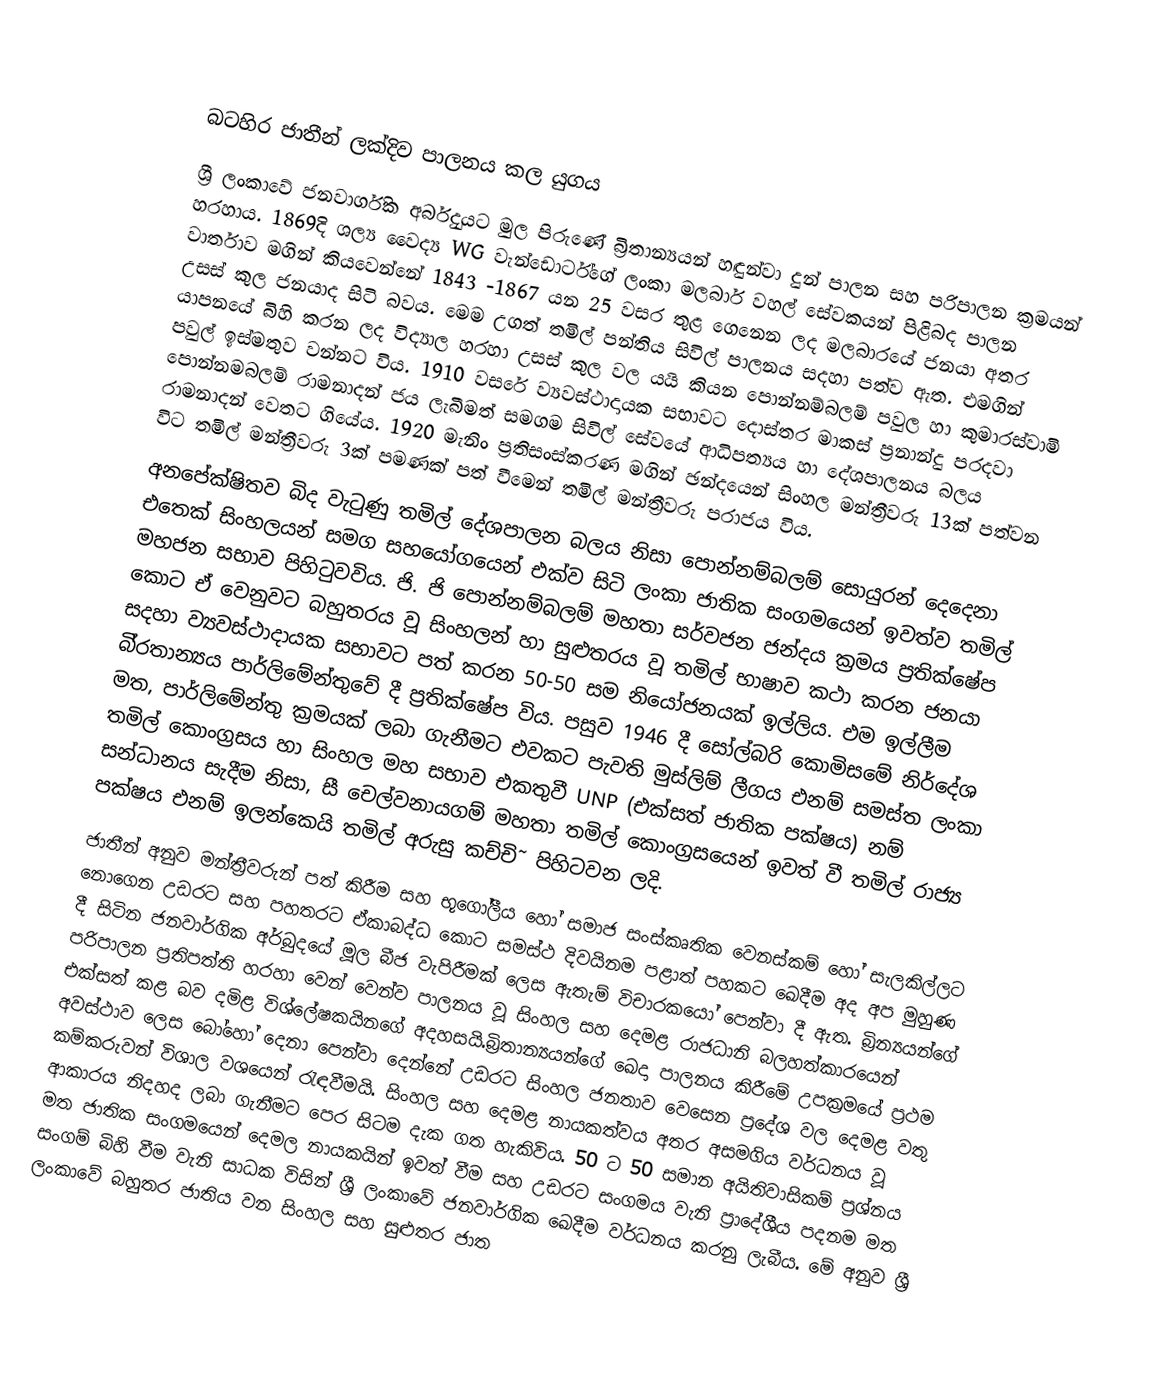

බටහිර ජාතීන් ලක්දිව පාලනය කල යුගය
ශ්‍රී ලංකාවේ ජනවාර්ගික අර්බුදයට මුල පිරුණේ බ්‍රිතාන්‍යයන් හඳුන්වා දුන් පාලන සහ පරිපාලන ක්‍රමයන් හරහාය. 1869දි ශල්‍ය වෛද්‍ය WG වැන්ඩොර්ට්ගේ  ලංකා  මලබාර් වහල් සේවකයන් පිළිබද පාලන වාර්තාව මගින් කියවෙන්නේ 1843 -1867 යන 25 වසර තුළ ගෙනෙන ලද මලබාරයේ ජනයා අතර උසස් කුල ජනයාද සිටි බවය.   මෙම උගත් තමිල් පන්තිය සිවිල් පාලනය සදහා පත්ව ඇත. එමගින් යාපනයේ බිහි කරන ලද විද්‍යාල හරහා උසස් කුල වල යයි කියන පොන්නම්බලම් පවුල හා කුමාරස්වාමි පවුල් ඉස්මතුව වන්නට විය.    1910 වසරේ ව්‍යවස්ථාදායක සභාවට දොස්තර මාකස් ප්‍රනාන්දු පරදවා පොන්නමබලම් රාමනාදන් ජය ලැබීමත් සමගම  සිවිල් සේවයේ ආධිපත්‍යය හා දේශපාලනය බලය රාමනාදන් වෙතට ගියේය.  1920 මැනිං ප්‍රතිසංස්කරණ මගින් ඡන්දයෙන් සිංහල මන්ත්‍රීවරු 13ක් පත්වන විට තමිල් මන්ත්‍රීවරු 3ක් පමණක් පත් වීමෙන් තමිල් මන්ත්‍රීවරු පරාජය විය.
අනපේක්ෂිතව බිද වැටුණු තමිල් දේශපාලන බලය නිසා පොන්නම්බලම් සොයුරන් දෙදෙනා එතෙක් සිංහලයන් සමග සහයෝගයෙන් එක්ව සිටි ලංකා ජාතික සංගමයෙන් ඉවත්ව තමිල් මහජන සභාව පිහිටුවවිය.   ජි. ජි පොන්නම්බලම් මහතා  සර්වජන ජන්දය ක්‍රමය ප්‍රතික්ෂේප කොට ඒ වෙනුවට බහුතරය වූ සිංහලන් හා සුළුතරය වූ තමිල් භාෂාව කථා කරන ජනයා සදහා ව්‍යවස්ථාදායක සභාවට පත් කරන 50-50 සම නියෝජනයක් ඉල්ලිය.   එම  ඉල්ලීම බි්‍රතාන්‍යය පාර්ලිමේන්තුවේ දී ප්‍රතික්ෂේප විය. පසුව 1946 දී සෝල්බරි කොමිසමේ නිර්දේශ මත, පාර්ලිමේන්තු ක්‍රමයක් ලබා ගැනීමට එවකට පැවති මුස්ලිම් ලීගය එනම් සමස්ත ලංකා තමිල් කොංග්‍රසය හා සිංහල මහ සභාව එකතුවී UNP (එක්සත් ජාතික පක්ෂය) නම් සන්ධානය සැදීම නිසා, සී චෙල්වනායගම් මහතා තමිල් කොංග්‍රසයෙන් ඉවත් වී  තමිල් රාජ්‍ය පක්ෂය එනම්  ඉලන්කෙයි තමිල් අරුසු කච්චි˜ පිහිටවන ලදි.
ජාතීන් අනුව මන්ත්‍රීවරුන් පත් කිරීම සහ භූගෝලීය හෝ සමාජ සංස්කෘතික වෙනස්කම් හෝ සැලකිල්ලට නොගෙන උඩරට සහ පහතරට ඒකාබද්ධ කොට සමස්ථ දිවයිනම පළාත් පහකට ඛෙදීම  අද අප මුහුණ දී සිටින ජනවාර්ගික අර්බුදයේ මූල බීජ වැපිරීමක් ලෙස ඇතැම් විචාරකයෝ පෙන්වා දී ඇත. බ්‍රින්‍යයන්ගේ පරිපාලන ප්‍රතිපත්ති හරහා වෙන් වෙන්ව පාලනය වූ සිංහල සහ දෙමළ රාජධානි බලහත්කාරයෙන් එක්සත් කළ බව දමිළ විශ්ලේෂකයිනගේ අදහසයි.බ්‍රිතාන්‍යයන්ගේ ඛෙදා පාලනය කිරීමේ උපක්‍රමයේ ප්‍රථම අවස්ථාව ලෙස බෝහෝ දෙනා පෙන්වා දෙන්නේ උඩරට සිංහල ජනතාව වෙසෙන ප්‍රදේශ වල දෙමළ වතු කම්කරුවන් විශාල වශයෙන් රැඳවීමයි. සිංහල සහ දෙමළ නායකත්වය අතර අසමගිය වර්ධනය වූ ආකාරය  නිදහද ලබා ගැනීමට පෙර සිටම දැක ගත හැකිවිය. 50 ට 50 සමාන අයිතිවාසිකම් ප්‍රශ්නය මත ජාතික සංගමයෙන් දෙමල නායකයින් ඉවත් වීම සහ උඩරට සංගමය වැනි ප්‍රාදේශීය පදනම මත සංගම් බිහි වීම වැනි සාධක විසින් ශ්‍රී ලංකාවේ ජනවාර්ගික ඛෙදීම වර්ධනය කරනු ලැබීය. මේ අනුව ශ්‍රී ලංකාවේ බහුතර ජාතිය වන සිංහල සහ සුළුතර ජාත